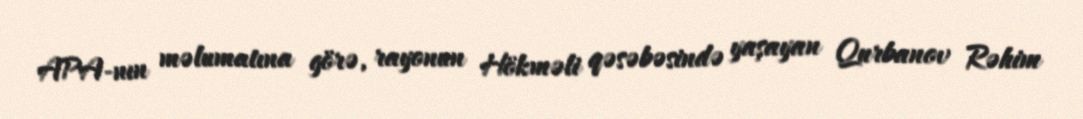
APA-nın məlumatına görə, rayonun Hökməli qəsəbəsində yaşayan Qurbanov Rəhim